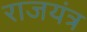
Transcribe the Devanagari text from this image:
राजयंत्र